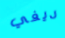
ديفي